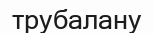
трубалану